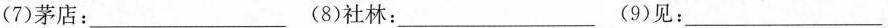
(7)茅店：___(8)社林：___(9)见：___